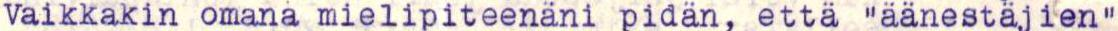
Vaikkakin omana mielipiteenäni pidän, että "äänestäjien"